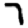
Digit: 7